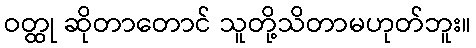
ဝတ္ထု ဆိုတာတောင် သူတို့သိတာမဟုတ်ဘူး။